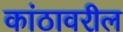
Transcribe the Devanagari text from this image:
कांठावरील